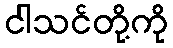
ငါသင်တို့ကို